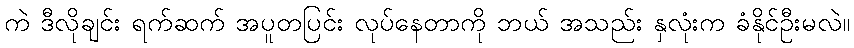
ကဲ ဒီလိုချင်း ရက်ဆက် အပူတပြင်း လုပ်နေတာကို ဘယ် အသည်း နှလုံးက ခံနိုင်ဦးမလဲ။